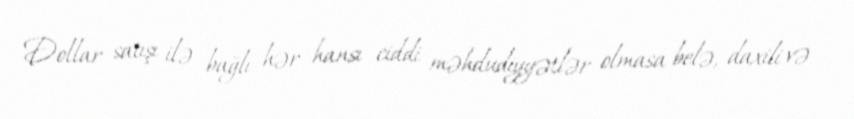
Dollar satışı ilə bağlı hər hansı ciddi məhdudiyyətlər olmasa belə, daxili və